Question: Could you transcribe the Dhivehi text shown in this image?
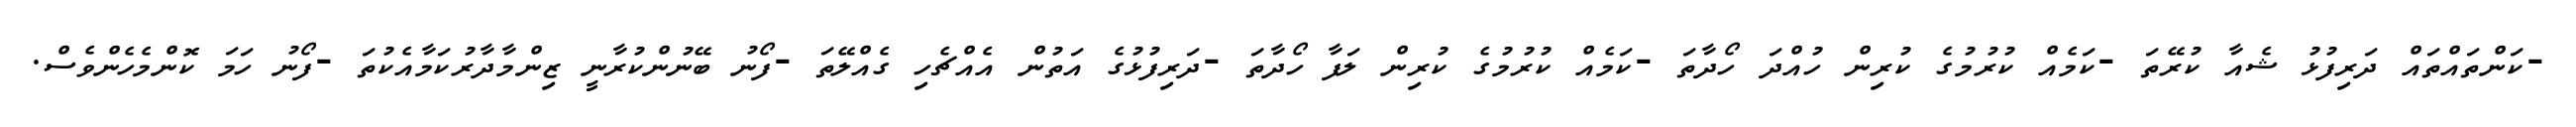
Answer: -ކަންތައްތައް ދަރިފުޅު ޝެއާ ކުރޭތަ -ކަމެއް ކުރުމުގެ ކުރިން ހުއްދަ ހޯދާތަ -ކަމެއް ކުރުމުގެ ކުރިން ލަފާ ހޯދާތަ -ދަރިފުޅުގެ އަތުން އެއްޗެހި ގެއްލޭތަ -ފޯނު ބޭނުންކުރާނީ ޒިންމާދާރުކަމާއެކުތަ -ފޯނު ހަމަ ކޮންމެހެންވެސް.